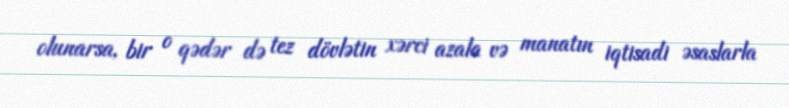
olunarsa, bir o qədər də tez dövlətin xərci azala və manatın iqtisadi əsaslarla